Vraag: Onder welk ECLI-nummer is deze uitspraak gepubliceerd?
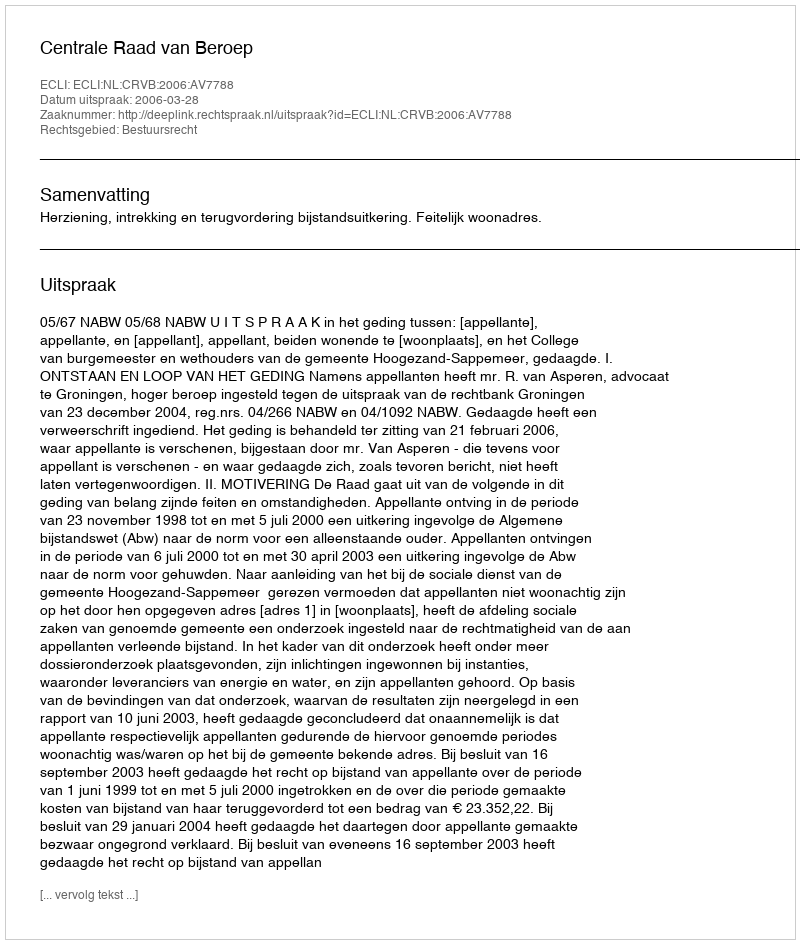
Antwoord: ECLI:NL:CRVB:2006:AV7788